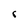
Character: r